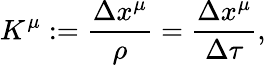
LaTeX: K^{\mu}:=\frac{\Delta x^{\mu}}{\rho}=\frac{\Delta x^{\mu}}{\Delta\tau},